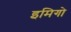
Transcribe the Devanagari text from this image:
इमिगो